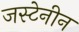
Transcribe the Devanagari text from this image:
जस्टेनीन